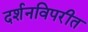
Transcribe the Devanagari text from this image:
दर्शनविपरीत